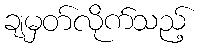
ချမှတ်လိုက်သည့်